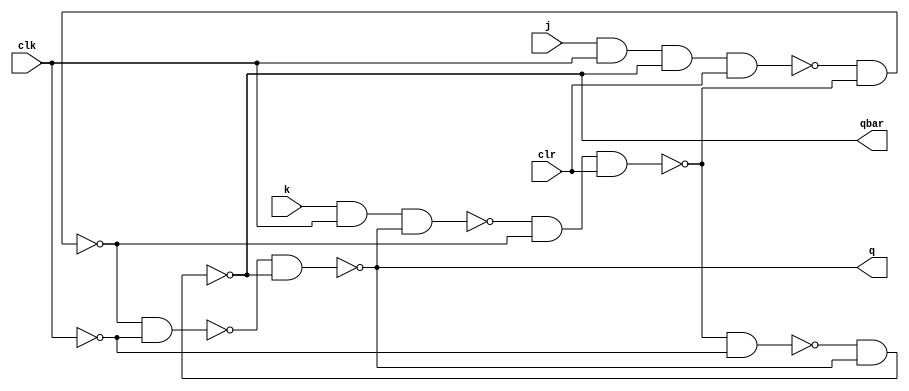
/* During wave simulation in ModelSim,
Set the variable Clk as clock.
Force the value of Clr to 0 only for the first run. 
After the first run, force the value to 1. 
*/
module master_slave_jkff (
  j, k, clk, clr, q, qbar
);

  input j, k, clk, clr;
  output q, qbar;

  wire w1, w2, w3, w4, w5, w6, clkbar;

  nand (w1, j, clk, qbar, clr);
  nand (w2, k, clk, q);
  nand (w3, w1, w4);
  nand (w4, w2, w3, clr);

  not (clkbar, clk);

  nand (w5, w3, clkbar);
  nand (w6, w4, clkbar);
  nand (q, w5, qbar);
  nand (qbar, w6, q);

endmodule